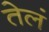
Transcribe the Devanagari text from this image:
तेलं